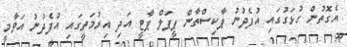
އެގޮތުން ހުޅަގުގައި އުފެދުނު ޕާކިސްތާން ޕީޕަލް ޕާޓީ އަދި އިރުމަތީގައި އުފެދުނު އަވާމީ